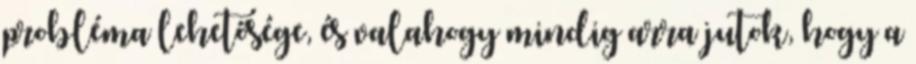
probléma lehetősége, és valahogy mindig arra jutok, hogy a